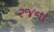
રજના